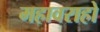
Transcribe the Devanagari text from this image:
महावराहो